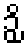
ဉှိ